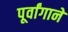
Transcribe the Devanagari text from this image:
पूर्वांगाने